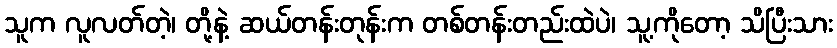
သူက လူလတ်တဲ့၊ တို့နဲ့ ဆယ်တန်းတုန်းက တစ်တန်းတည်းထဲပဲ၊ သူ့ကိုတော့ သိပြီးသား